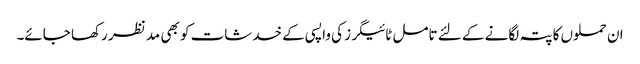
ان حملوں کا پتہ لگانے کے لئے تامل ٹائیگرز کی واپسی کے خدشات کو بھی مد نظر رکھا جائے۔